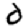
Digit: 0